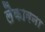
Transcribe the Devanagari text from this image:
लैकावना